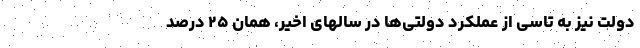
دولت نیز به تاسی از عملکرد دولتی‌ها در سالهای اخیر، همان ۲۵ درصد